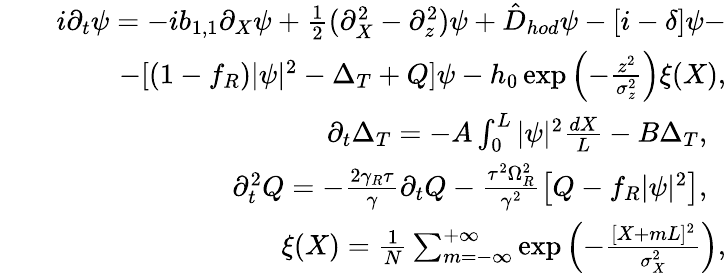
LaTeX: \begin{array}{rlr}&{}&{i\partial_{t}\psi=-ib_{1,1}\partial_{X}\psi+\frac{1}{2}(\partial_{X}^{2}-\partial_{z}^{2})\psi+\hat{D}_{hod}\psi-[i-\delta]\psi-}\\ &{}&{-[(1-f_{R})|\psi|^{2}-\Delta_{T}+Q]\psi-h_{0}\exp\left(-\frac{z^{2}}{\sigma_{z}^{2}}\right)\xi(X),}\\ &{}&{\partial_{t}\Delta_{T}=-A\int_{0}^{L}|\psi|^{2}\frac{dX}{L}-B\Delta_{T},\ \ }\\ &{}&{\partial_{t}^{2}Q=-\frac{2\gamma_{R}\tau}{\gamma}\partial_{t}Q-\frac{\tau^{2}\Omega_{R}^{2}}{\gamma^{2}}\left[Q-f_{R}|\psi|^{2}\right],\ \ }\\ &{}&{\xi(X)=\frac{1}{N}\sum_{m=-\infty}^{+\infty}\exp\left(-\frac{[X+mL]^{2}}{\sigma_{X}^{2}}\right),}\end{array}